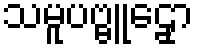
သမူပဗ္ဗူဠှော